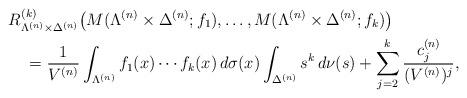
LaTeX: \begin{align*}&R_{\Lambda^{(n)}\times\Delta^{(n)}}^{(k)}\big(M(\Lambda^{(n)}\times \Delta^{(n)};f_1),\dots,M(\Lambda^{(n)}\times\Delta^{(n)};f_k)\big)\\&\quad=\frac1{V^{(n)}}\int_{\Lambda^{(n)}} f_1(x)\dotsm f_k(x)\,d\sigma(x)\int_{\Delta^{(n)}}s^k\,d\nu(s)+\sum_{j=2}^k\frac{c_j^{(n)}}{(V^{(n)})^j},\end{align*}